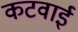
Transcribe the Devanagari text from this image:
कटवाई